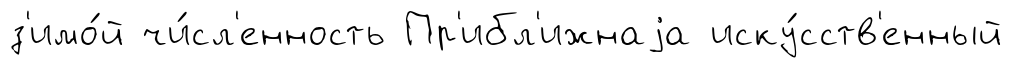
з'имо́й чи́сл'енность Пр'ибл'ижнаjа иску́сств'енный